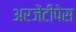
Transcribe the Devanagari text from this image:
अरजेंटीपेस